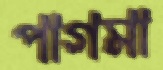
পাগমা